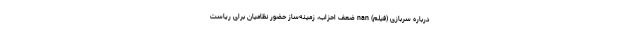
درباره سربازی (فیلم) nan ضعف احزاب، زمینه‌ساز حضور نظامیان برای ریاست